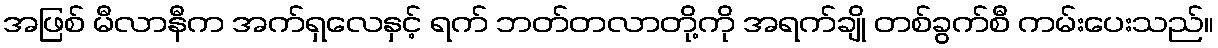
အဖြစ် မီလာနီက အက်ရှလေနှင့် ရက် ဘတ်တလာတို့ကို အရက်ချို တစ်ခွက်စီ ကမ်းပေးသည်။